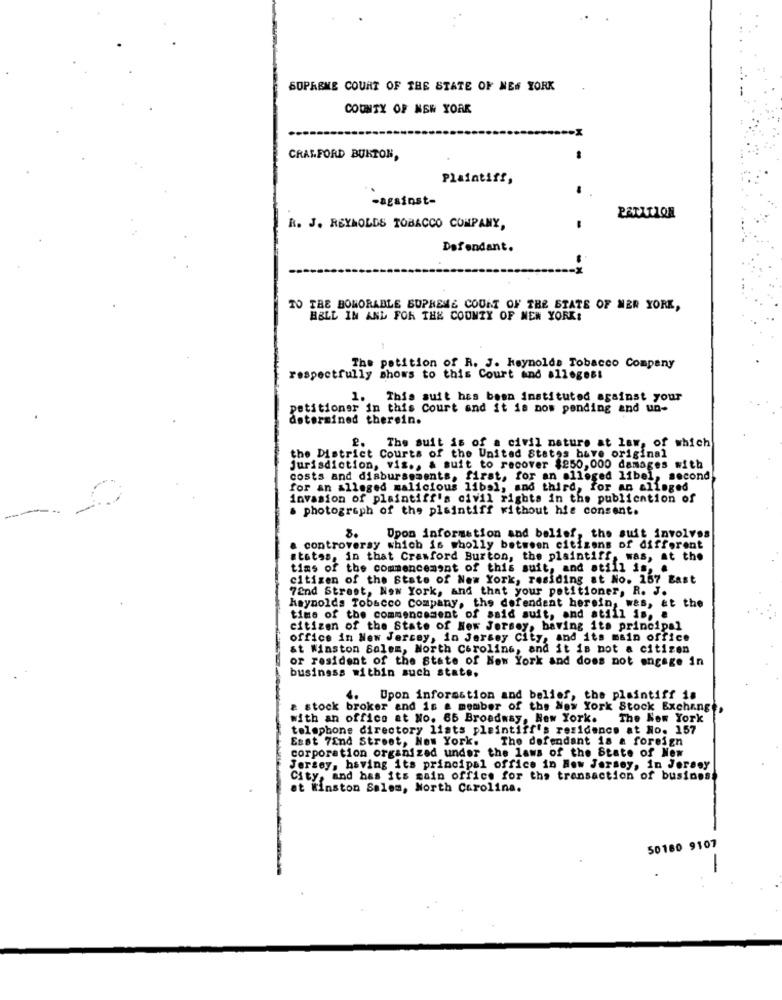
SUPREME COURT OF THE STATE OF NEW YORK
COUNTY OF NEW YORK
CRANFORD BURTON,
Plaintiff,
-against-
R. J. REYNOLDS TOBACCO COMPANY,
Defendant.
TO THE BONORABLE SUPREME COURT OF THE STATE OF MER YORK,
BELL IN ANL FOR THE COUNTY OF NEW YORK:
The petition of R. J. Reynolds Tobacco Company
respectfully shows to this Court and allegest
1. This auit has been instituted against your
petitioner in this Court and it is now pending and un-
determined therein.
The suit is of a civil nature at law, of which
the District Courts of the United States have original
Jurisdiction, vis ., & suit to recover $250,000 damages with
costs and disbursements, first, for an alleged libel, second
for an alleged malicious libal, and third, for an alleged
invasion of plaintiff's civil rights in the publication of
& photograph of the plaintiff without hie consent.
Dpon information and belief, the suit involves
a controversy which is wholly between citizens of different
states, in that Crawford Burton, the plaintiff, was, at the
tims of the commencement of this suit, and atill is, .
citizen of the State of New York, residing at No. 157 Bast
7End Street, New York, and that your petitioner, R. J.
haynolds Tobacco Company, the defendant herein, was, at the
time of the commencement of said suit, and atill is, a
citizen of the State of New Jersey, baving its principal
office in New Jersey, in Jersey City, and its main office
&t Winston Salem, North Carolina, and it is not a citizen
or resident of the State of New York and does not engage in
business within such state.
4. Upon information and belief, the plaintiff is
& stock broker and is a member of the New York Stock Exchange,
with an office at No. 65 Broadway, New York.
The New York
telephone directory lists plaintiff's residence at No. 157
Esst 7End Street, New York.
The defendant is a foreign
corporation organized under the laws of the State of New
Jersey, having its principal office in New Jersey, in Jersey
City, and has its main office for the transaction of business
at Winston Salem, North Carolina.
50180 9107
-